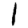
Digit: 1